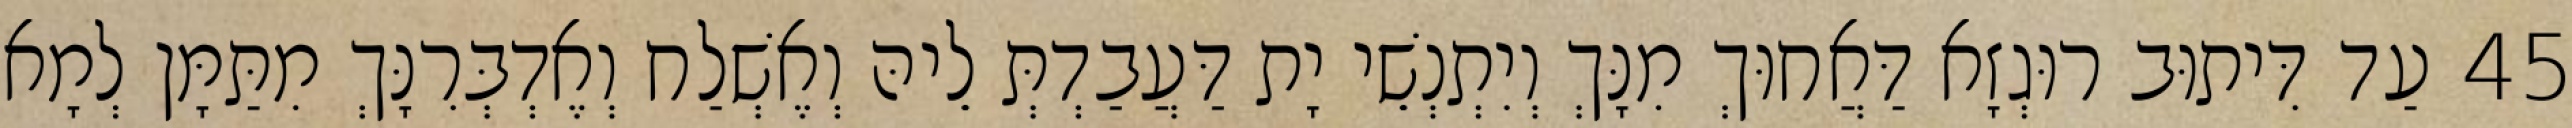
45 עַד דִּיתוּב רוּגְזָא דַּאֲחוּךְ מִנָּךְ וְיִתְנְשֵׁי יָת דַּעֲבַדְתְּ לֵיהּ וְאֶשְׁלַח וְאֶדְבְּרִנָּךְ מִתַּמָּן לְמָא